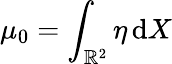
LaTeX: \mu_{0}=\int_{\mathbb{R}^{2}}\eta\, \mathrm{d}X